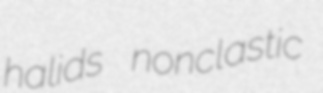
halids nonclastic